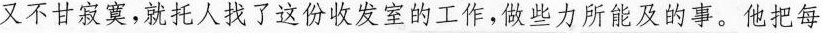
又不甘寂寞，就托人找了这份收发室的工作，做些力所能及的事。他把每